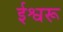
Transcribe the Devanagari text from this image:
ईश्वरू